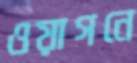
ওয়াগনে